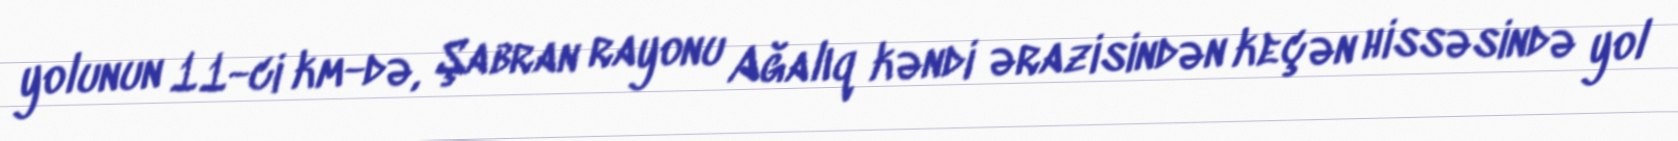
yolunun 11-ci km-də, Şabran rayonu Ağalıq kəndi ərazisindən keçən hissəsində yol